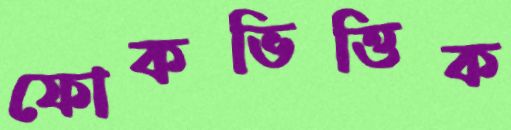
ফোকভিত্তিক